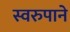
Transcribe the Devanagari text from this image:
स्वरुपाने